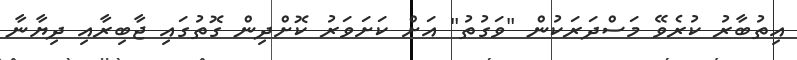
އިތުބާރު ކުރެވޭ މަސްދަރަކުން "ވަގުތު" އަށް ކަށަވަރު ކޮށްދިން ގޮތުގައި ޖާބިރާއި ދިޔާނާ